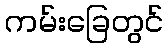
ကမ်းခြေတွင်